Civil Veterinary Department Bihar reports 1940-50 - 1940-1950
Year: 1940
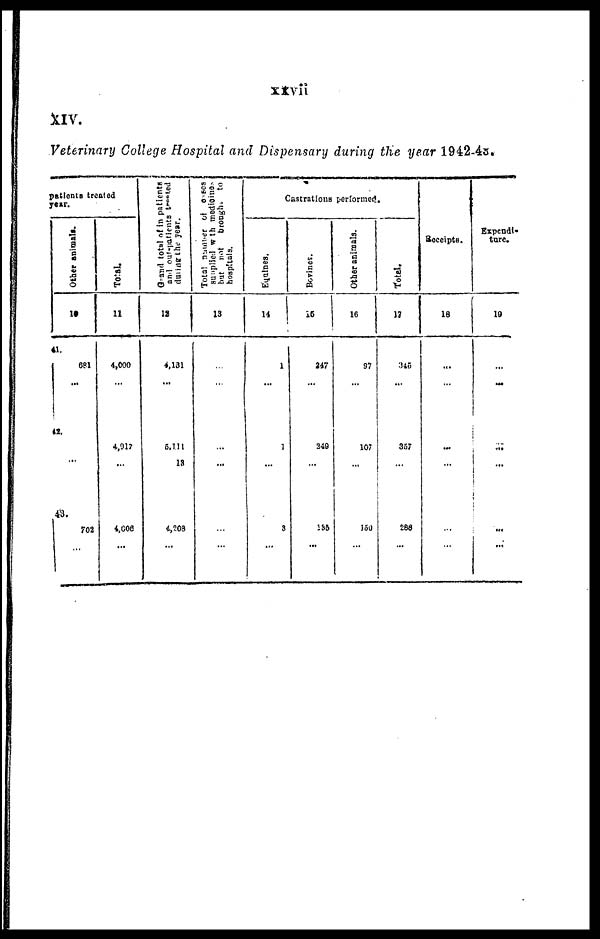
xxvii
XIV.
Veterinary College Hospital and Dispensary during the year 1942-43.
patients treated
year.
Other animals.
10
41.
681
...
42.
...
43.
702
...
Total.
11
4,000
...
4,917
...
4,008
...
Grand total
of in patients
and out-patients treated
during the year.
12
4,131
...
5,111
13
4,208
...
Total number of cases
supplied
with
medicine
but not brought to
hospitals.
13
.
...
...
...
...
...
Castrations performed.
Equines.
14
1
...
1
...
3
...
Bovines.
15
247
...
249
...
183
...
Other animals.
16
97
...
107
...
150
...
Total.
17
345
...
367
...
288
...
Receipts.
18
...
...
...
...
...
...
Expendi-
ture.
19
...
...
...
...
...
...